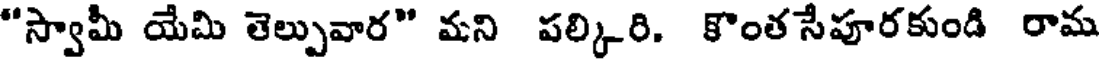
"స్వామీ యేమి తెల్పువార" మని పల్కిరి. కొంత సేపూరకుండి రామ